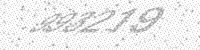
Solution: 993219